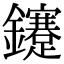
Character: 鑳